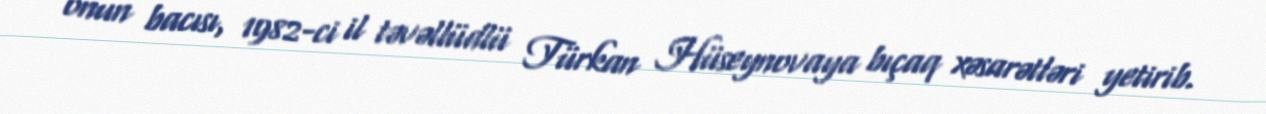
onun bacısı, 1982-ci il təvəllüdlü Türkan Hüseynovaya bıçaq xəsarətləri yetirib.